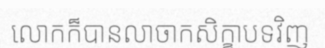
លោកក៏បានលាចាកសិក្ខាបទវិញ